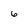
Character: 6